Indian Medical Review
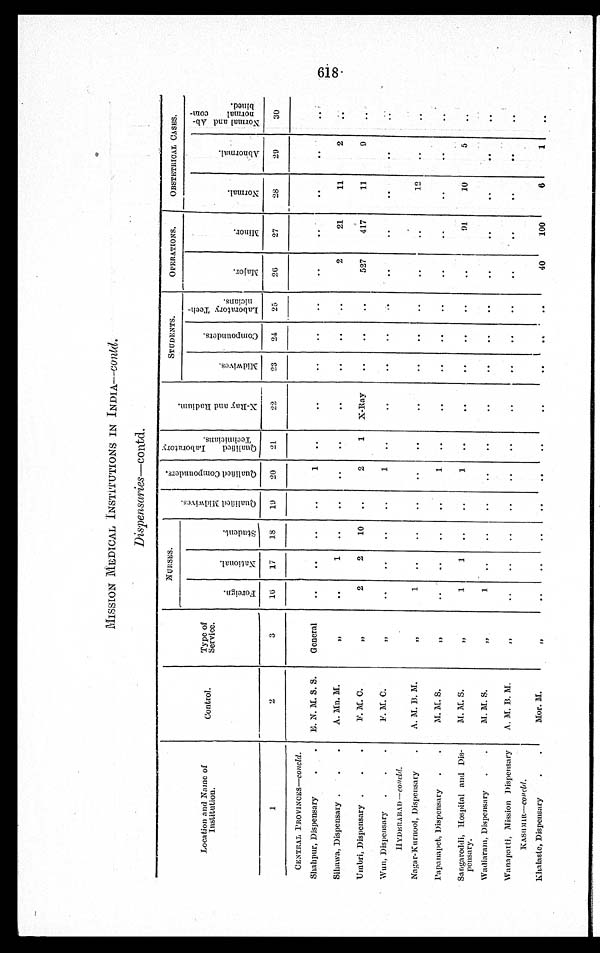
MISSION MEDICAL INSTITUTIONS IN INDIA— contd.
Dispensaries—contd.
Location and Name o
f Institution.
C o n t r o l .
T y p e o f
Servi ce.
N U R S E S
Q u a l i f i e d M i d w i v e s .
Q u a l i f i e d C o m p o u n d e r s . Q u a l i f i e d L a b o r a t o r y T e c h n i c i a n s .
X - R a y a n d R a d i u m .
STUDENTS.
OPERATIONS.
OBSTETRICAL CASES.
F o r e i g n .
N a t i o n a l .
S t u d e n t .
M i d w i v e s .
C o m p o u n d e r s .
L a b o r a t o r y T e c h n n i c i a n s .
M a j o r .
M i n o r .
N o r m a l .
A b n o r m a l .
N o r m a l a n d A b n o r m a l c o m b i n e d .
1
2
3
16 17 18 19 20 21
22
23 24 25 26
27
28
29
30
CENTRAL PROVINCES—concl d.
Shahpur, Dispensary E. N. M. S. S. General
1
Sihawa, Dispensary
A. Mn. M.
"
" 1
2
21
11
2
Uinbri, Dispensary
F. M C.
" 2 2 10
2 1 X-Ray
527 417
11
9
Wun, Dispensary
F. M. C.
"
1
H Y D E R A B A D
— c o n c l d .
Nagar-Kurnool, Dispensary
A. M. B. M.
" 1
12
Papanapet, Dispensary
M. M. S.
"
1
Sangareddi, Hospital and Dis-
pensary.
M. M. S.
" 1 1
1
9 1 10
5
Wadiaram, Dispensary
M. M. S.
"
1
Wanaparti, Mission Dispensary A. M. B. M.
"
K A S H M I R — c o n c l d .
Khalaste, Dispensary
Mor. M.
"
40 100
6
1